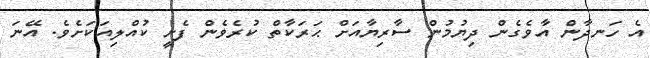
އެ ހަނދާން އާވެގެން ދިޔުމުން ސާރިޔާއަށް ޙަރަކާތް ކުރެވެން ފެށީ ކުއްލިއަކަށެވެ. އޭނަ